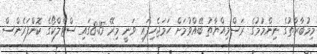
މިމުބާރާތުގެ ނިންމުމުގެ ރަސްމިއްޔާތު ބޭއްވުމަށް ހަމަޖެހިފައި ވަނީ މިރޭ 8:15ގައި ސްޓެލްކޯގެ ކޮންފަރެންސް